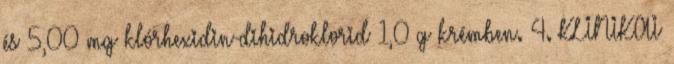
és 5,00 mg klórhexidin-dihidroklorid 1,0 g krémben. 4. KLINIKAI